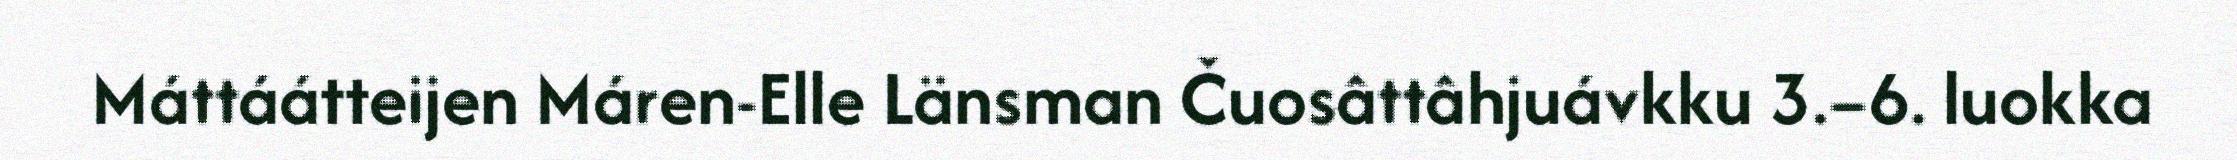
Máttáátteijen Máren-Elle Länsman Čuosâttâhjuávkku 3.–6. luokka